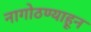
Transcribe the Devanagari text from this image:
नागोठण्याहून